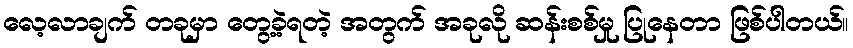
လေ့လာချက် တခုမှာ တွေ့ခဲ့ရတဲ့ အတွက် အခုလို ဆန်းစစ်မှု ပြုနေတာ ဖြစ်ပါတယ်။